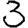
Digit: 3